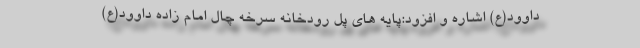
داوود(ع) اشاره و افزود:پایه های پل رودخانه سرخه چال امام زاده داوود(ع)